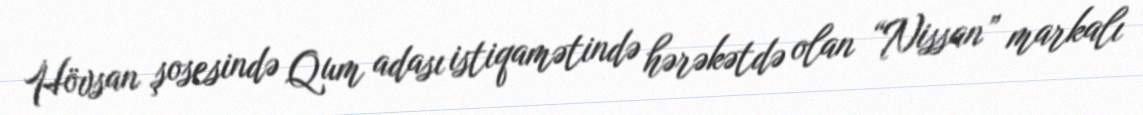
Hövsan şosesində Qum adası istiqamətində hərəkətdə olan “Nissan” markalı